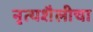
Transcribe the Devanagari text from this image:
नृत्यशैलीचा